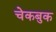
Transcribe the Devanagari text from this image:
चेकबुक